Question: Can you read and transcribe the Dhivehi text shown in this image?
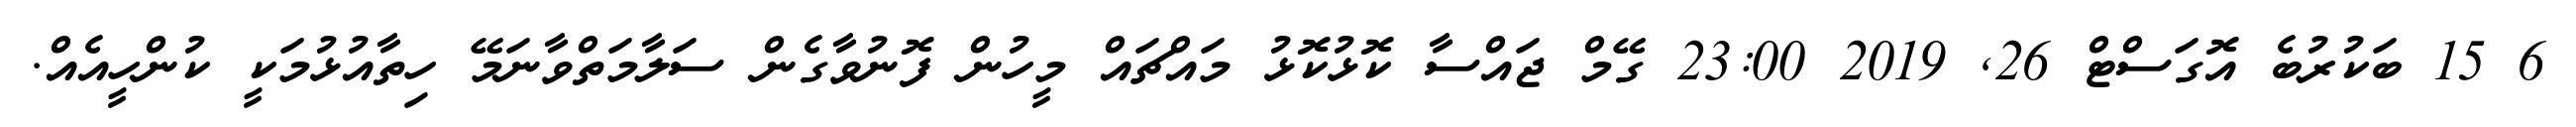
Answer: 6 15 ބަކުރުބެ އޮގަސްޓް 26, 2019 23:00 ގޭމް ޖައްސާ ކޮޅުކޮޅު މައްޗައް މީހުން ފޮނުވާގެން ސަލާމަތްވާނަމޭ ހިތާއުޅުމަކީ ކުންހީއެއް.